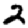
Digit: 2